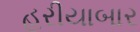
હરીયાબાર